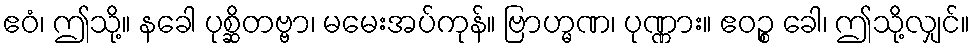
ဧဝံ၊ ဤသို့။ နခေါ ပုစ္ဆိတဗ္ဗာ၊ မမေးအပ်ကုန်။ ဗြာဟ္မဏ၊ ပုဏ္ဏား။ ဧဝဉ္စ ခေါ၊ ဤသို့လျှင်။